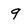
Character: 9